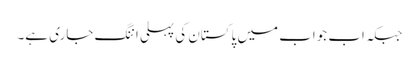
جبکہ اب جواب میں پاکستان کی پہلی اننگ جاری ہے۔